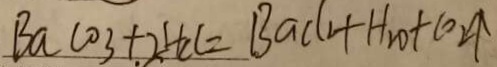
B a \cos + 2 H C l = B a c ( 1 + H _ { 2 } O + C O _ { 2 } \uparrow